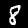
Label: 8